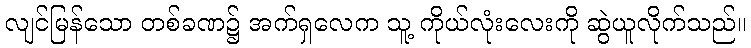
လျင်မြန်သော တစ်ခဏ၌ အက်ရှလေက သူ့ ကိုယ်လုံးလေးကို ဆွဲယူလိုက်သည်။